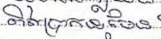
ពិតប្រាកដមែន